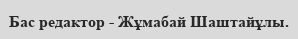
Бас редактор - Жұмабай Шаштайұлы.